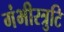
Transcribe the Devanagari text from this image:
गंभीरत्रुटि